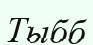
Тыбб